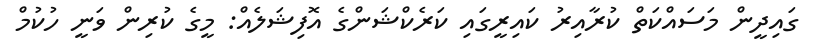
ގައިދީން މަސައްކަތް ކުރާއިރު ކައިރީގައި ކަރެކްޝަންގެ އޮފިޝަލެއް: މީގެ ކުރިން ވަނީ ހުކުމް